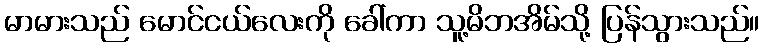
မာမားသည် မောင်ငယ်လေးကို ခေါ်ကာ သူ့မိဘအိမ်သို့ ပြန်သွားသည်။